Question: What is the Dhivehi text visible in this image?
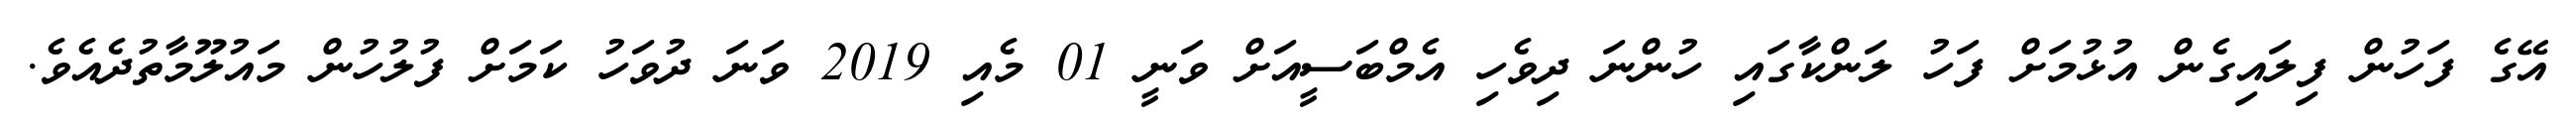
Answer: އޭގެ ފަހުން ފިލައިގެން އުޅުމަށް ފަހު ލަންކާގައި ހުންނަ ދިވެހި އެމްބަސީއަށް ވަނީ 01 މެއި 2019 ވަނަ ދުވަހު ކަމަށް ފުލުހުން މައުލޫމާތުދެއެވެ.